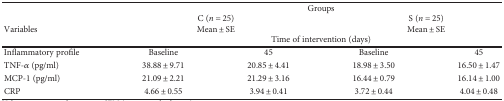
|  | <COLSPAN=4> Groups |
 | <ROWSPAN=3> Variables | <COLSPAN=2> C (n = 25) | <COLSPAN=2> S (n = 25) |
 | <COLSPAN=2> Mean ± SE | <COLSPAN=2> Mean ± SE |
 | <COLSPAN=4> Time of intervention (days) |
 | --- | --- | --- | --- | --- |
 | Inflammatory profile | Baseline | 45 | Baseline | 45 |
 | TNF-α (pg/ml) | 38.88 ± 9.71 | 20.85 ± 4.41 | 18.98 ± 3.50 | 16.50 ± 1.47 |
 | MCP-1 (pg/ml) | 21.09 ± 2.21 | 21.29 ± 3.16 | 16.44 ± 0.79 | 16.14 ± 1.00 |
 | CRP | 4.66 ± 0.55 | 3.94 ± 0.41 | 3.72 ± 0.44 | 4.04 ± 0.48 |